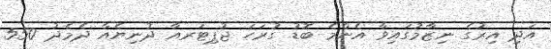
އަދި އިރުގެ ނިޒާމުގައިވާ އެންމެ ބޮޑު ގުރަހަ ޖުޕިޓަރއާ ދުނިޔެއާ ދެމެދު 550